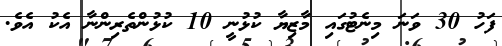
ފަހު 30 ވަނަ މިނެޓުގައި މާޒިޔާ ކުޅުނީ 10 ކުޅުންތެރިންނާ އެކު އެވެ.